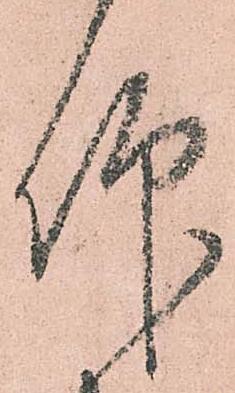
仰